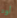
أوه